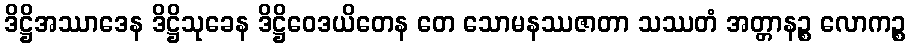
ဒိဋ္ဌိအဿာဒေန ဒိဋ္ဌိသုခေန ဒိဋ္ဌိဝေဒယိတေန တေ သောမနဿဇာတာ သဿတံ အတ္တာနဉ္စ လောကဉ္စ